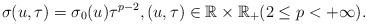
LaTeX: \begin{align*} \sigma(u,\tau)=\sigma_0(u)\tau^{p-2},(u,\tau)\in\mathbb{R}\times\mathbb{R}_+(2\le p<+\infty).\end{align*}